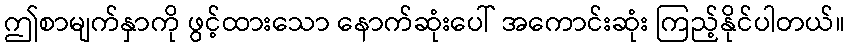
ဤစာမျက်နှာကို ဖွင့်ထားသော နောက်ဆုံးပေါ် အကောင်းဆုံး ကြည့်နိုင်ပါတယ်။